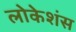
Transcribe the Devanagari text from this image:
लोकेशंस